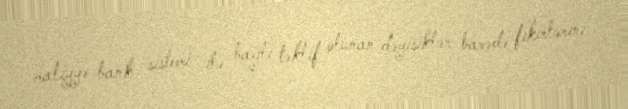
maliyyə-bank sistemi ilə bağlı təklif olunan dəyişiklər barədə fikirlərini